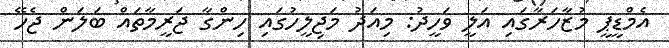
އެމްޑީޕީ މުޒާހަރާގައި އަލީ ވަހީދު: މިއަދު މަޖިލީހުގައި ހިންގާ ޖަރީމާތައް ބަލަން ޖެހޭ